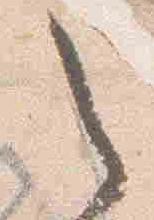
之